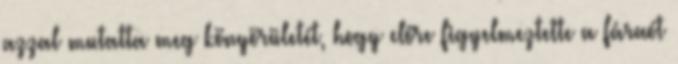
azzal mutatta meg könyörületét, hogy előre figyelmeztette a fáraót